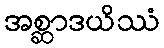
အစ္ဆာဒယိဿံ